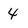
Character: 4